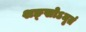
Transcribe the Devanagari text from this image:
शङ्खोऽमृतं